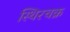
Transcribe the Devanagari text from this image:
स्थिरचक्र